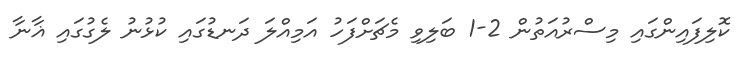
ކޮލިފައިންގައި މިސްރުއަތުން 2-1 ބަލިވި މެޗަށްފަހު އަމިއްލަ ދަނޑުގައި ކުޅުނު ލެގުގައި ޣާނާ